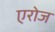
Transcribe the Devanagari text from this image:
एरोज